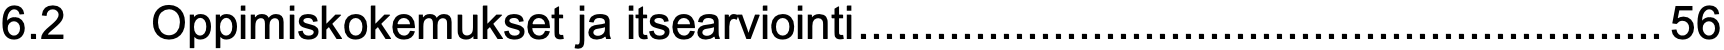
6.2  Oppimiskokemukset ja itsearviointi..............................................................56